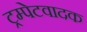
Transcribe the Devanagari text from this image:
ट्रम्पेटवादक